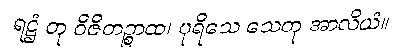
ရဋ္ဌံ တု ဝိဇိတဉ္စာထ၊ ပုရိသေ သေတု အာလိယံ။